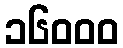
၁၆၀၀၀